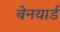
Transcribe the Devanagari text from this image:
बेनयार्ड